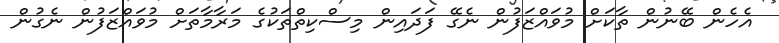
އެހެން ބޭނުން ތާކަށް މުވައްޒަފުން ނެގޭ ފަދައިން މިސްކިތްތަކުގެ މަރާމާތަށް މުވައްޒަފުން ނެގުން